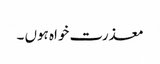
معذرت خواہ ہوں ۔